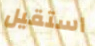
استقيل